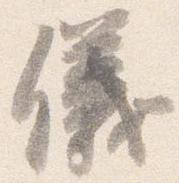
儀